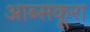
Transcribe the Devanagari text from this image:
आब्सकूरा